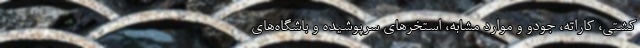
کشتی، کاراته، جودو و موارد مشابه، استخر‌های سرپوشیده و باشگاه‌های